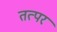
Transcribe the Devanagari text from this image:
तत्परं